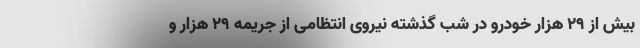
بیش از ٢٩ هزار خودرو در شب گذشته نیروی انتظامی از جریمه ٢٩ هزار و